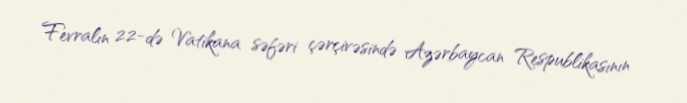
Fevralın 22-də Vatikana səfəri çərçivəsində Azərbaycan Respublikasının